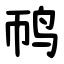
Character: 䴓